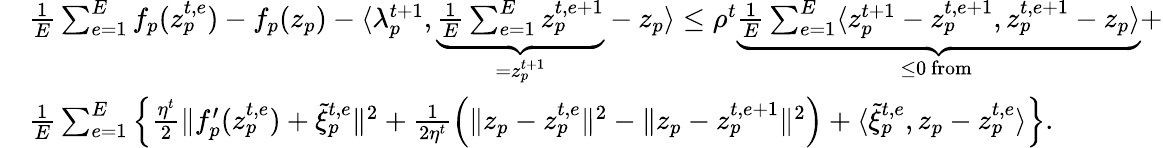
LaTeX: \begin{array}{rl}&{\frac{1}{E}\sum_{e=1}^{E}f_{p}(z_{p}^{t,e})-f_{p}(z_{p})-\langle\lambda_{p}^{t+1},\underbrace{\frac{1}{E}\sum_{e=1}^{E}z_{p}^{t,e+1}}_{=z_{p}^{t+1}}-z_{p}\rangle\leq\rho^{t}\underbrace{\frac{1}{E}\sum_{e=1}^{E}\langle z_{p}^{t+1}-z_{p}^{t,e+1},z_{p}^{t,e+1}-z_{p}\rangle}_{\leq 0\mathrm{~from~}}+}\\ &{\frac{1}{E}\sum_{e=1}^{E}\Big\{ \frac{\eta^{t}}{2}\| f_{p}^{\prime}(z_{p}^{t,e})+\tilde{\xi}_{p}^{t,e}\| ^{2}+\frac{1}{2\eta^{t}}\Big(\| z_{p}-z_{p}^{t,e}\| ^{2}-\| z_{p}-z_{p}^{t,e+1}\| ^{2}\Big)+\langle\tilde{\xi}_{p}^{t,e},z_{p}-z_{p}^{t,e}\rangle\Big\} .}\end{array}